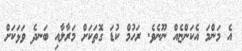
އެ މަންމަ އެކަންޏެއް ނޫނެވެ. ރަހުމް ކުޑަ ގޮތަކަށް މަރާލާއި ބަނދެ ވަޅަކަށް